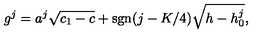
g ^ { j } = a ^ { j } \sqrt { c _ { 1 } - c } + \mathrm { s g n } ( j - K / 4 ) \sqrt { h - h _ { 0 } ^ { j } } { } ,